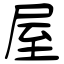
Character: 屋